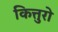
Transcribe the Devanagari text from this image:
कित्तुरो